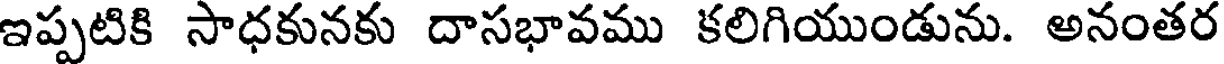
ఇప్పటికి సాధకునకు దాసభావము కలిగియుండును. అనంతర